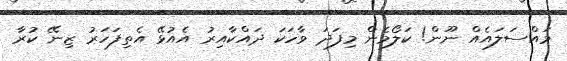
މައްސަލައެއް ނޫން! ކަލޯމެން މިފަދަ ވާހަކަ ދައްކާއިރު އެއުޅޭ އެތިފަހަރު ޒިނޭ ކުރާ